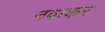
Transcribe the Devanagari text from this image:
नवाकर